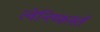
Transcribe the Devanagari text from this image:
त्वेन्त्य्फिर्स्त